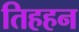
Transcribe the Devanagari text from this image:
तिहहन